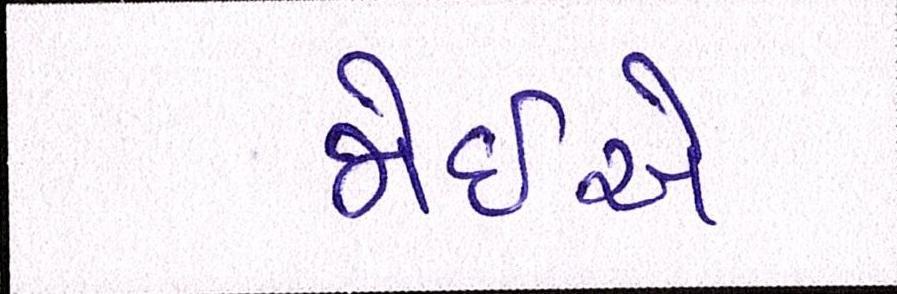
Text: જોઇએ